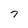
Character: 7